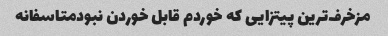
مزخرف‌ترین پیتزایی که خوردم قابل خوردن نبودمتاسفانه